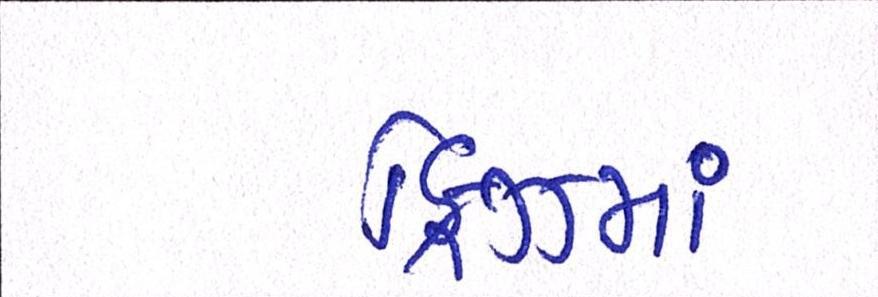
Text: ફ્રિઝમાં